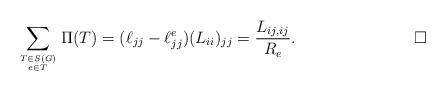
LaTeX: \begin{align*}\sum_{T \in S(G) \atop e \in T} \Pi(T) =(\ell_{jj}-\ell^e_{jj}) (L_{ii})_{jj}= \frac{L_{ij,ij}}{R_{e}}.\tag*{$\Box$}\end{align*}